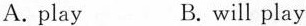
A.play B.will play